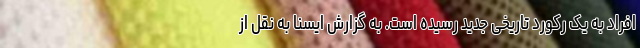
افراد به یک رکورد تاریخی جدید رسیده است. به گزارش ایسنا به نقل از